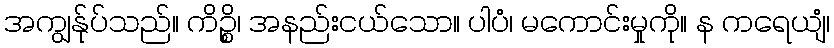
အကျွန်ုပ်သည်။ ကိဉ္စိ၊ အနည်းငယ်သော။ ပါပံ၊ မကောင်းမှုကို။ န ကရေယျံ၊